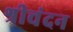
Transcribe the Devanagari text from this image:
श्रीचंदन